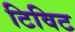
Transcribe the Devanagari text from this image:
टिविट